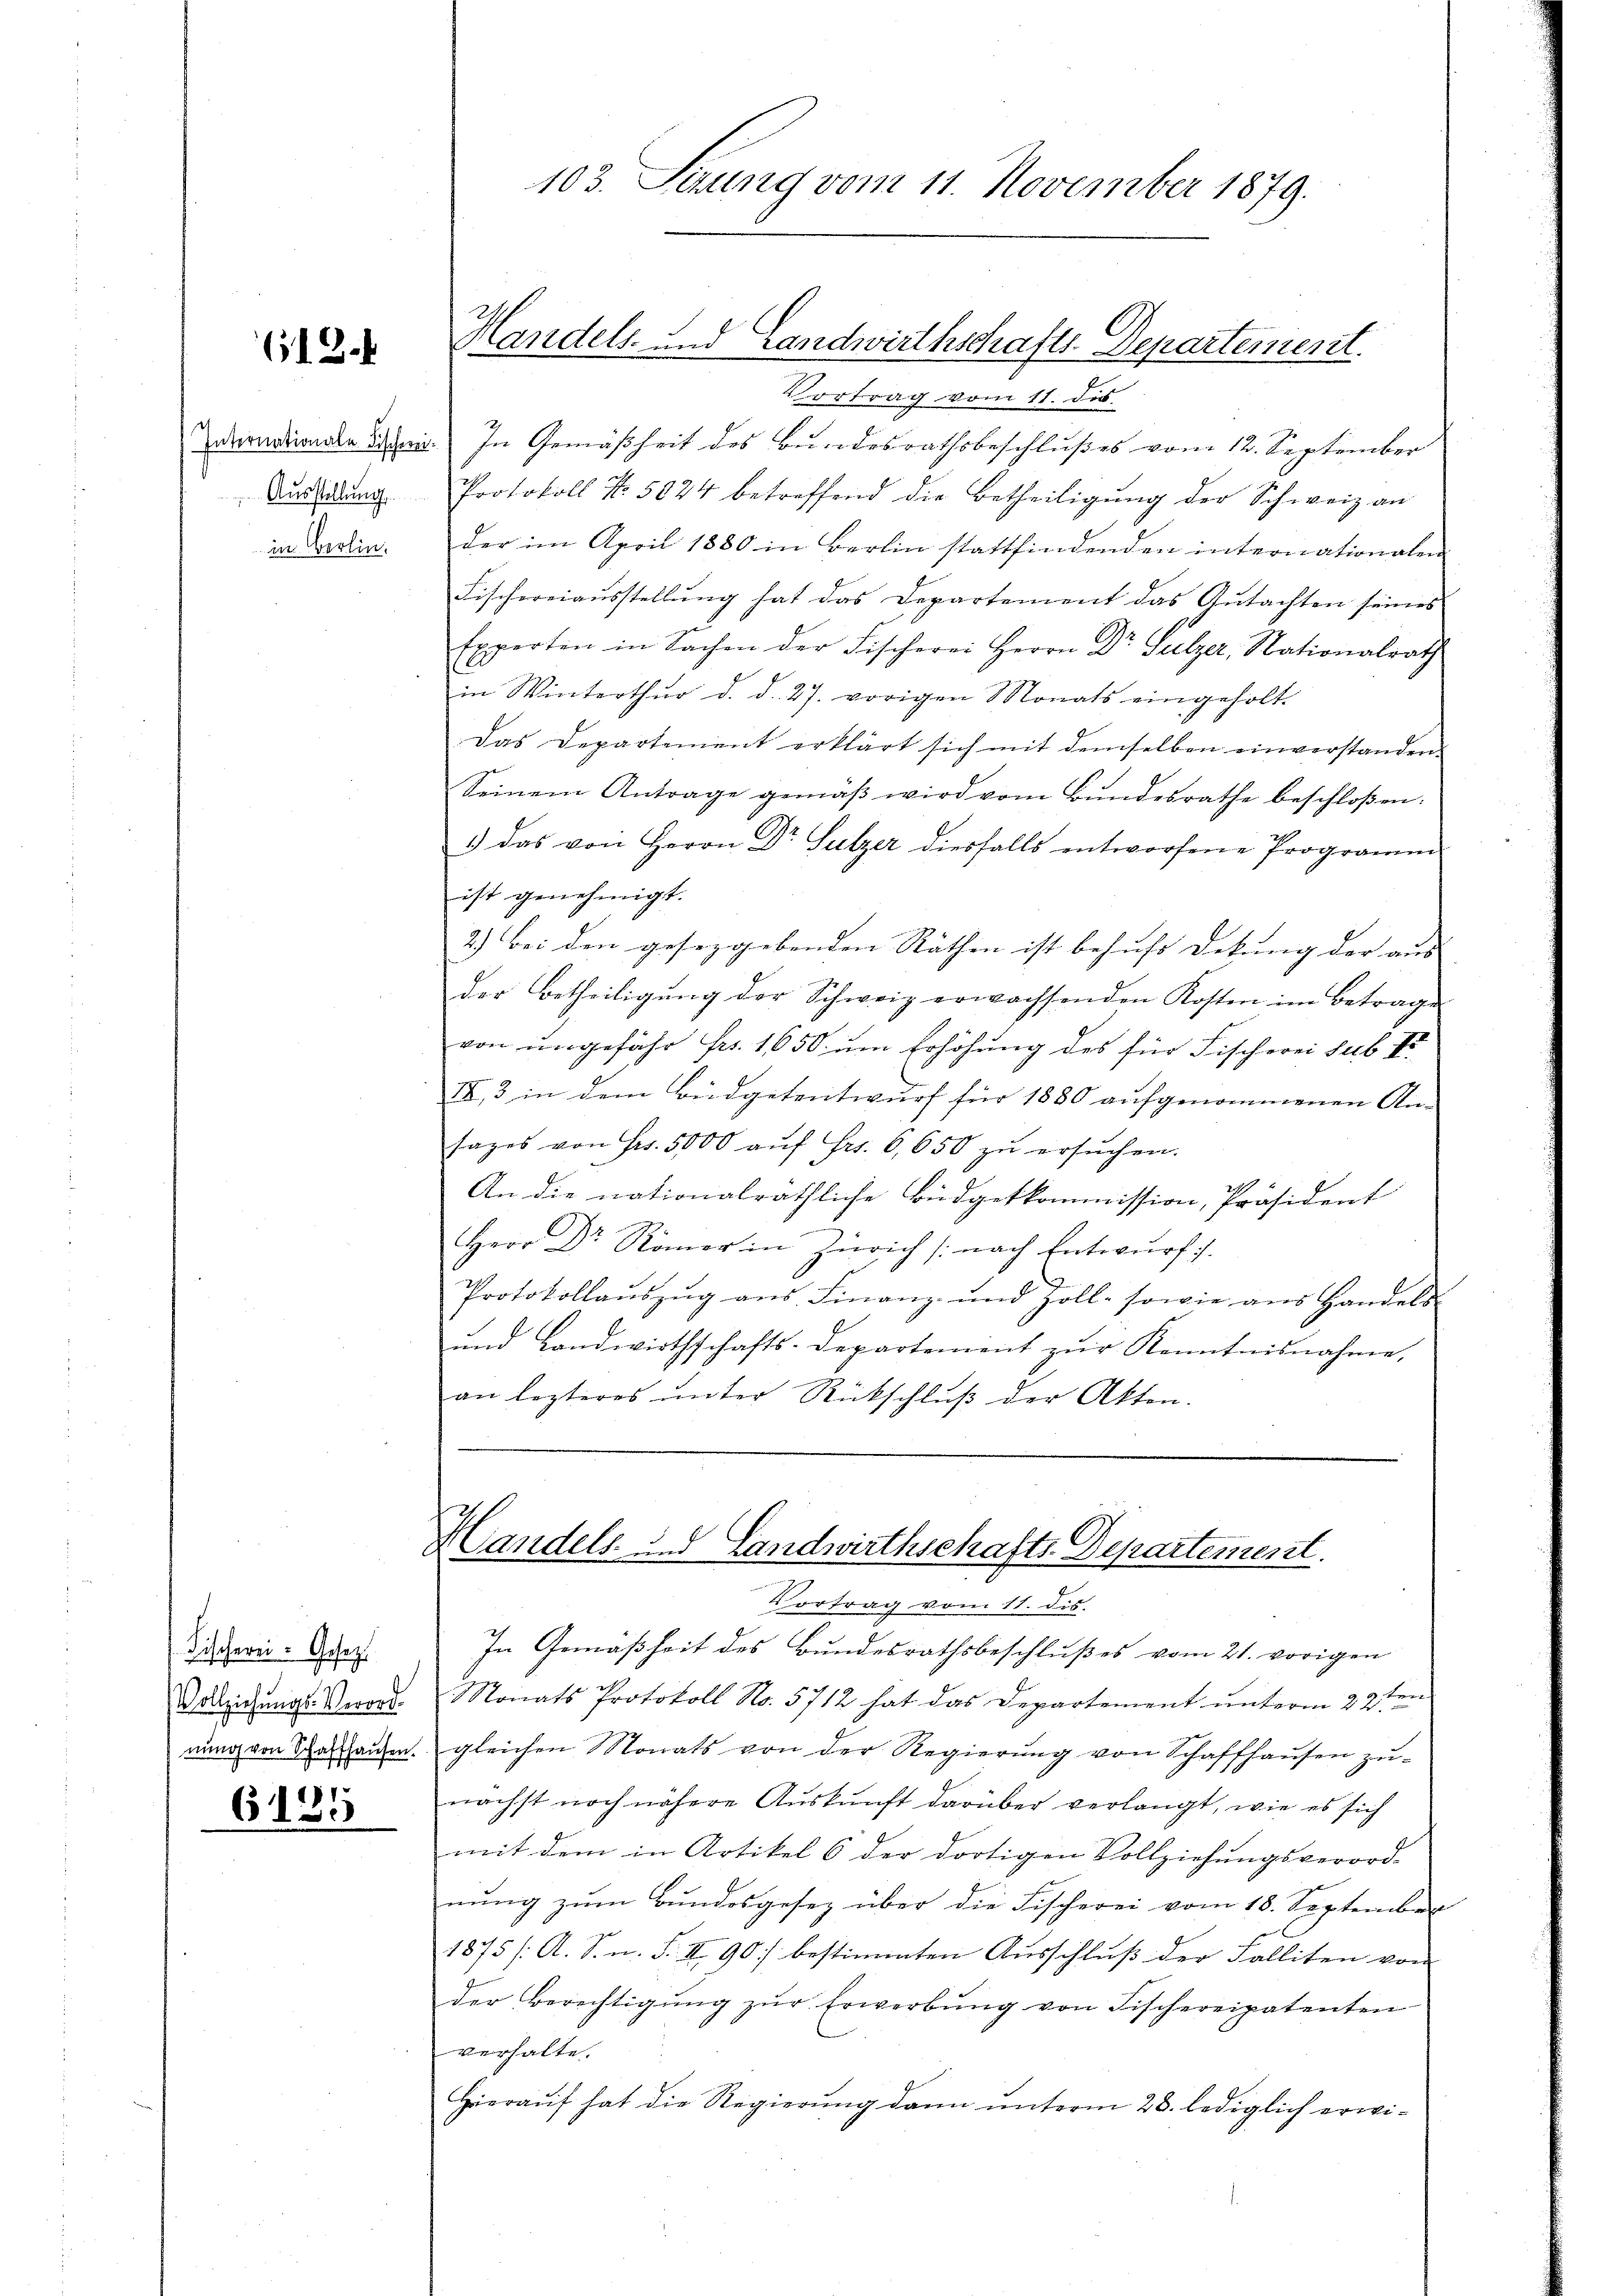
612.

in Berlin.

Fischerei-Gesetzt
Vollziehungs-Verord.
6135

Handels- und Landwirthschafts-Departement.

103. Sezung vom 11. November 1879.

Vortrag vom 11. ds.
aendionale Bern. In Gemäßheit des Bundesrathsbeschlußes vom 12. September
Ausbildung. Protokoll No. 5024 betreffend die Betheiligung der Schweiz an
der im April 1880 in Berlin stattfindenden internationalen
Fischereiaŭsstellŭng hat das Departement das Gutachten seines
Experten in Sachen der Fischerei Herrn Dr Sulzer, Nationalrath
in Winterthur d. d. 27. vorigen Monats eingeholt.
Das Departement erklärt sich mit demselben einverstanden.
Seinem Antrage gemäβ wird vom Bundesrathe beschloßen:
1) das von Herrn Dr Sulzer diesfalls entworfene Programm
ist genehmigt.
2.) Bei den gesetzgebenden Räthen ist behufs Dekung der aus |
der Betheiligŭng der Schweiz erwachsenden Kosten im Betrage
von ungefähr Frs. 1650 um Erhöhung des für Fischerei sub I
XX, 3 in dem Büdgetentwurf für 1880 aufgenommenen An-
sages von Fr. 5000 aŭf Fr. 6,650 zŭ ersŭchen.
An die nationalräthliche Büdgetkommission, Präsident
Herr Dr Römer in Zürich (nach Entwurf ih
Protokollaŭszŭg ans Finanz- und Zoll- sowie ans Handels-
und Landwirthschafts-Departement zur Kenntnisnahme,
an lezteres ŭnter Rückschlŭβ der Akten.

Handels- und Landwirthschafts-Departement.
Vortrag vom 11. dis.
In Gemäßheit des Bundesrathsbeschlußes vom 21. vorigen

Monats Protokoll No. 5712 hat das Departement unterm 22ten
nŭng von Gasthaŭsen. gleichen Monats von der Regierŭng von Schaffhaŭsen zŭ-
nächst noch nähere Auskunft darüber verlangt, wie es sich
mit dem in Artikel 6 der dortigen Vollziehungsverord-
nŭng zŭm Bŭndesgesetz über die Fischerei vom 18. September
1875 /A. S. n. F. II 90] bestimmten Ausschluß der Falliten von
der Berechtigŭng zŭr Erwerbŭng von Fischereipatenten
verhalte.
Hierauf hat die Regierung dann unterm 28. lediglich erwi¬